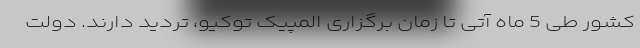
کشور طی 5 ماه آتی تا زمان برگزاری المپیک توکیو، تردید دارند. دولت